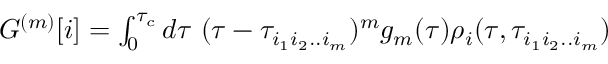
\begin{array} { r } { G ^ { ( m ) } [ i ] = \int _ { 0 } ^ { \tau _ { c } } d \tau ~ ( \tau - \tau _ { i _ { 1 } i _ { 2 } . . i _ { m } } ) ^ { m } g _ { m } ( \tau ) \rho _ { i } ( \tau , \tau _ { i _ { 1 } i _ { 2 } . . i _ { m } } ) } \end{array}